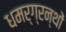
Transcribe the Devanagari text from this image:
धमर्ग्रन्थों